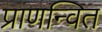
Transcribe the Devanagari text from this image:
प्राणन्वित